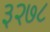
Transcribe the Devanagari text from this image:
३२७८